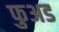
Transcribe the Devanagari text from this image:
फुअड